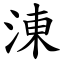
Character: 涷